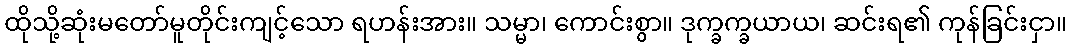
ထိုသို့ဆုံးမတော်မူတိုင်းကျင့်သော ရဟန်းအား။ သမ္မာ၊ ကောင်းစွာ။ ဒုက္ခက္ခယာယ၊ ဆင်းရ၏ ကုန်ခြင်းငှာ။